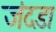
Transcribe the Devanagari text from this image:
जंदडा